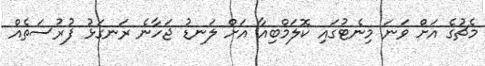
މެޗުގެ އަށް ވަނަ މިނެޓުގައި ކޮލަމްބިއާ އަށް ލަނޑު ޖަހާނެ ރަނގަޅު ފުރުސަތެއް